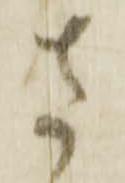
さ